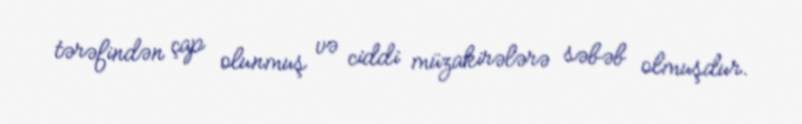
tərəfindən çap olunmuş və ciddi müzakirələrə səbəb olmuşdur.